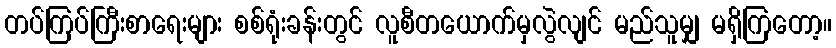
တပ်ကြပ်ကြီးစာရေးများ စစ်ရုံးခန်းတွင် လူစီတယောက်မှလွဲလျင် မည်သူမျှ မရှိကြတော့။